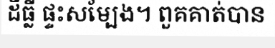
ដីធ្លី ផ្ទះសម្បែង។ ពួគគាត់បាន